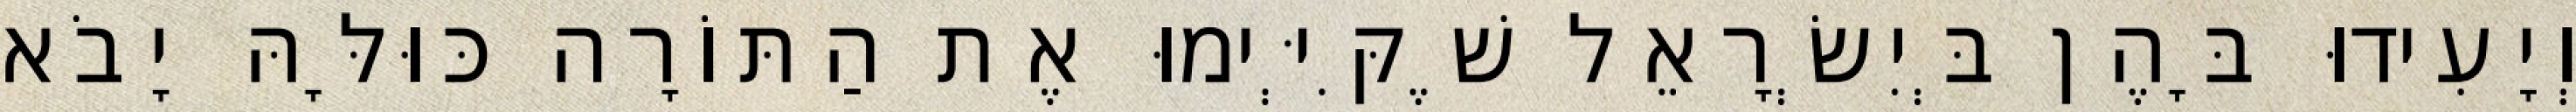
וְיָעִידוּ בָּהֶן בְּיִשְׂרָאֵל שֶׁקִּיְּימוּ אֶת הַתּוֹרָה כּוּלָּהּ יָבֹא